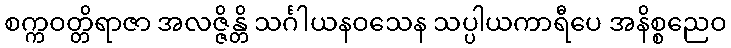
စက္ကဝတ္တိရာဇာ အလဇ္ဇိန္တိ သင်္ဂါယနဝသေန သပ္ပါယကာရီပေ အနိစ္စညေဝ